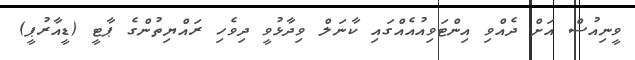
ވީނިއުސް އަށް ދެއްވި އިންޓަވިއުއެއްގައި ކާނަލް ވިދާޅުވީ ދިވެހި ރައްޔިތުންގެ ޕާޓީ (ޑީއާރުޕީ)